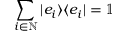
\sum _ { i \in \mathbb { N } } | e _ { i } \rangle \langle e _ { i } | = \mathbb { 1 }